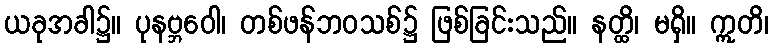
ယခုအခါ၌။ ပုနဗ္ဘဝေါ၊ တစ်ဖန်ဘဝသစ်၌ ဖြစ်ခြင်းသည်။ နတ္ထိ၊ မရှိ။ ဣတိ၊